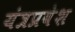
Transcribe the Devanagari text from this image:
यंत्रप्रवेश